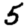
Digit: 5